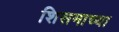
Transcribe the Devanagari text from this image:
शिसमाच्या